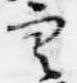
空